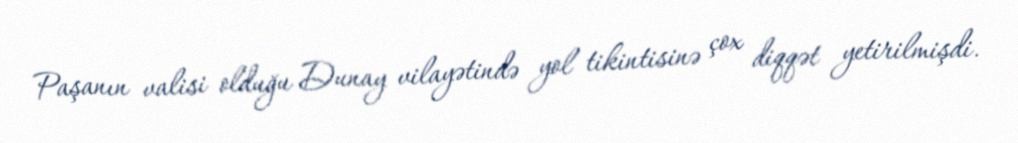
Paşanın valisi olduğu Dunay vilayətində yol tikintisinə çox diqqət yetirilmişdi.